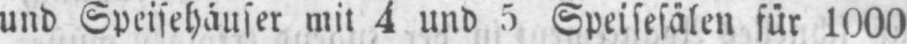
und Speisehäuser mit 4 und 5 Speisesälen für 1000